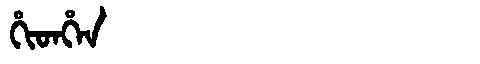
Manchu: ᡥᡳᡨᡥᡝᠨ
Romanization: HITHEN